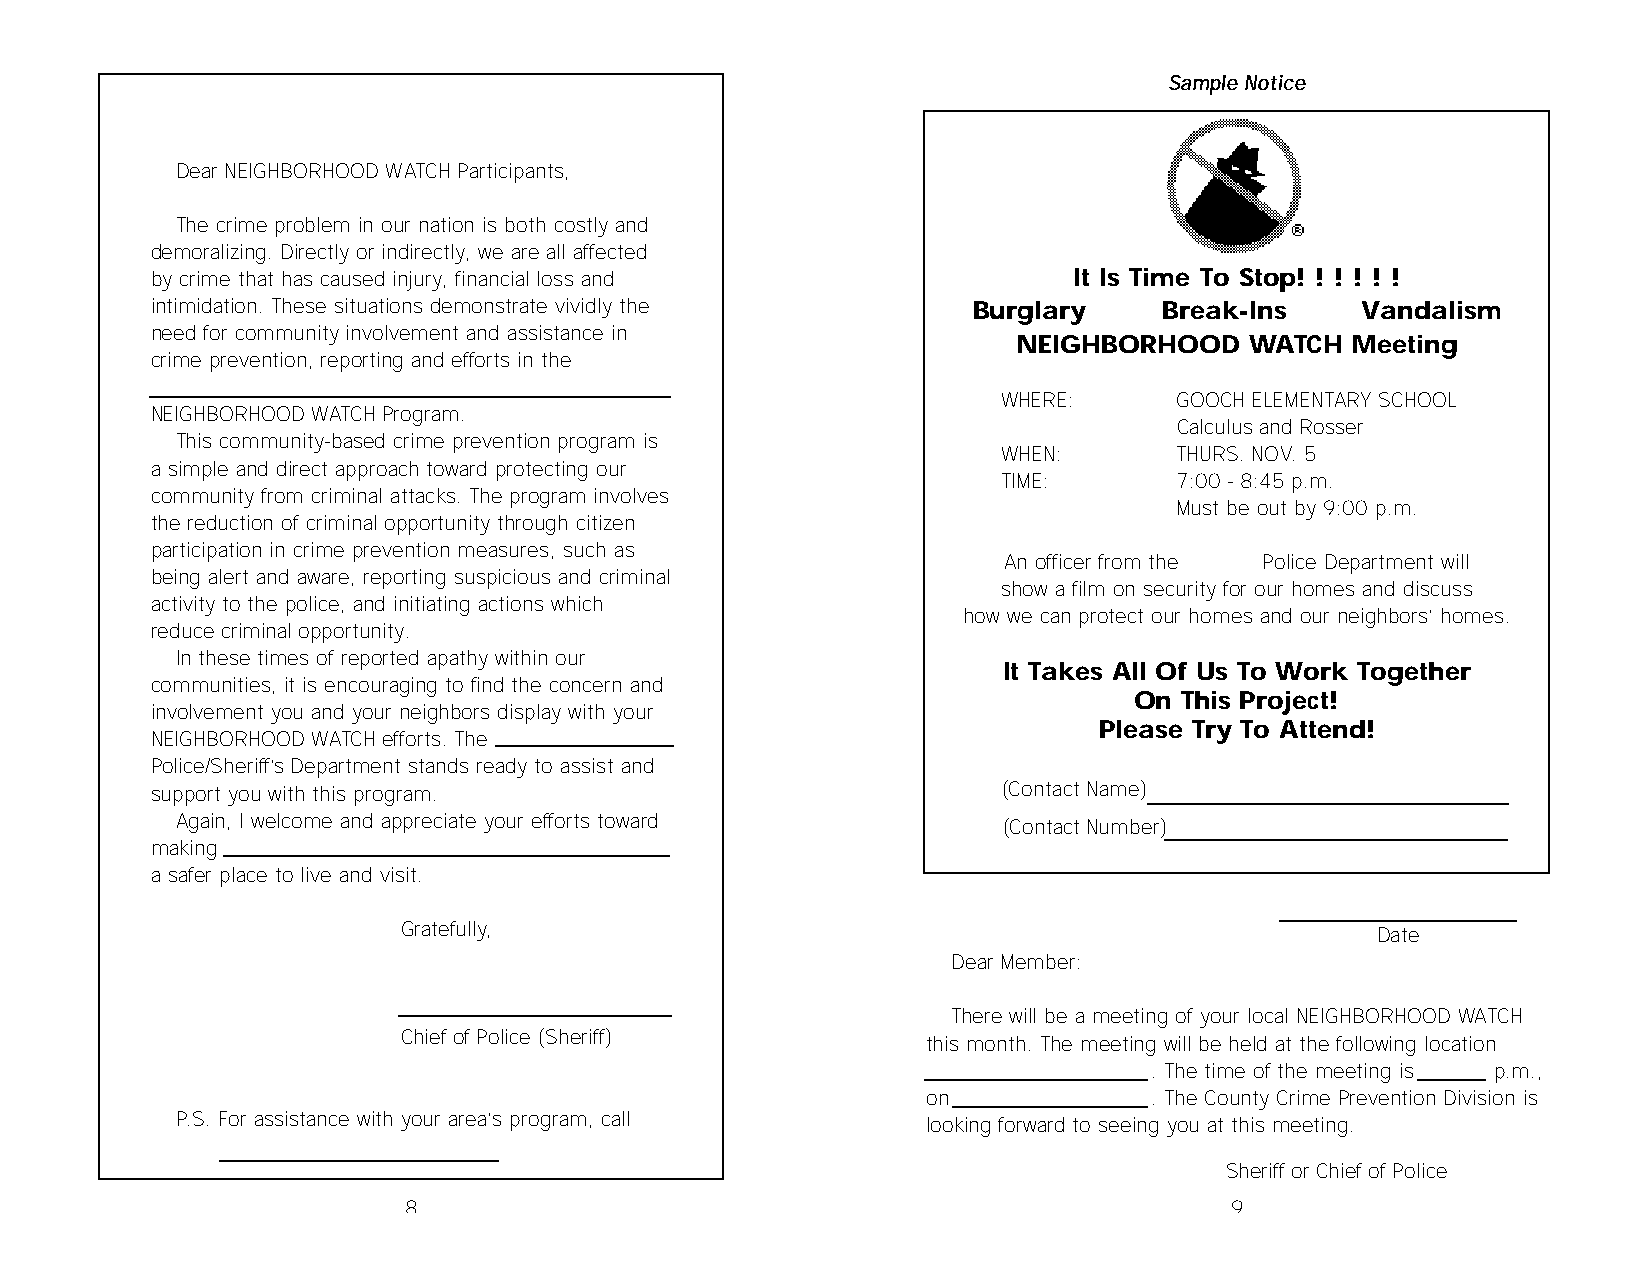
Sample Notice
 Dear NEIGHBORHOOD WATCH Participants,
 The crime problem in our nation is both costly and
 demoralizing. Directly or indirectly, we are all affected
 by crime that has caused injury, financial loss and          It Is Time To Stop! ! ! ! ! !
 intimidation. These situations demonstrate vividly the Burglary    Break-Ins    Vandalism
 need for community involvement and assistance in
 NEIGHBORHOOD    WATCH Meeting
 crime prevention, reporting and efforts in the
 WHERE:      GOOCH ELEMENTARY SCHOOL
 NEIGHBORHOOD WATCH Program.
 Calculus and Rosser
 This community-based crime prevention program is
 WHEN:       THURS. NOV. 5
 a simple and direct approach toward protecting our
 TIME:       7:00 - 8:45 p.m.
 community from criminal attacks. The program involves
 Must be out by 9:00 p.m.
 the reduction of criminal opportunity through citizen
 participation in crime prevention measures, such as
 An officer from the Police Department will
 being alert and aware, reporting suspicious and criminal
 show a film on security for our homes and discuss
 activity to the police, and initiating actions which
 how we can protect our homes and our neighbors’ homes.
 reduce criminal opportunity.
 In these times of reported apathy within our
 It Takes All Of Us To Work Together
 communities, it is encouraging to find the concern and
 On This Project!
 involvement you and your neighbors display with your
 Please Try To Attend!
 NEIGHBORHOOD WATCH efforts. The
 Police/Sheriff’s Department stands ready to assist and
 support you with this program.                          (Contact Name)
 Again, I welcome and appreciate your efforts toward   (Contact Number)
 making
 a safer place to live and visit.
 Gratefully,                                                     Date
 Dear Member:
 There will be a meeting of your local NEIGHBORHOOD WATCH
 Chief of Police (Sheriff)         this month. The meeting will be held at the following location
 . The time of the meeting is p.m.,
 on             . The County Crime Prevention Division is
 P.S. For assistance with your area’s program, call looking forward to seeing you at this meeting.
 Sheriff or Chief of Police
 8                                                     9